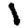
Digit: 1